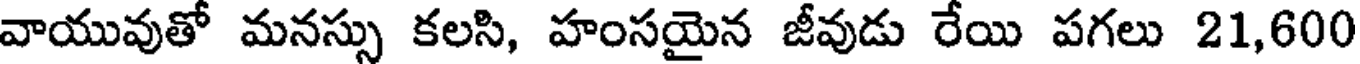
వాయువుతో మనస్సు కలసి, హంసయైన జీవుడు రేయి పగలు 21,600